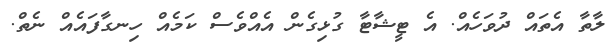
ލާތާ އެތައް ދުވަހެއް. އެ ޓީޝާޓާ ގުޅިގެން އެއްވެސް ކަމެއް ހިނގާފައެއް ނެތް.